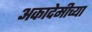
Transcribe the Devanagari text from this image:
अकादेमीच्या